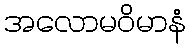
အလောမဝိမာနံ